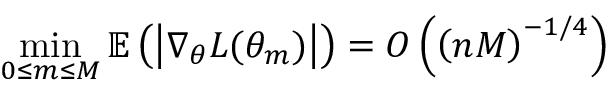
\operatorname* { m i n } _ { 0 \leq m \leq M } \mathbb { E } \left( \left| \nabla _ { \theta } L ( \theta _ { m } ) \right| \right) = O \left( \left( n M \right) ^ { - 1 / 4 } \right)